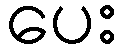
ပေး